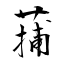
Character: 蒱